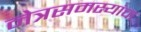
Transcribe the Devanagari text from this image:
नेत्रसमस्यांचा